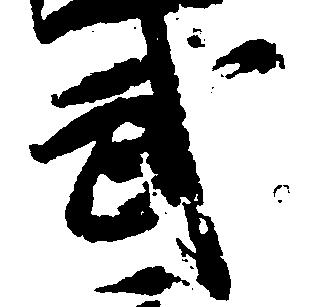
武